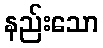
နည်းသော